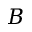
B